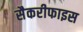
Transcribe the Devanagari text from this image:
सैकरीफाइस